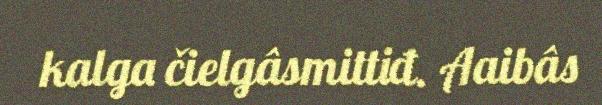
kalga čielgâsmittiđ. Aaibâs